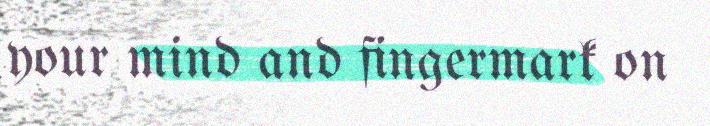
your mind and fingermark on